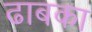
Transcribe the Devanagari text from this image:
ढाबका